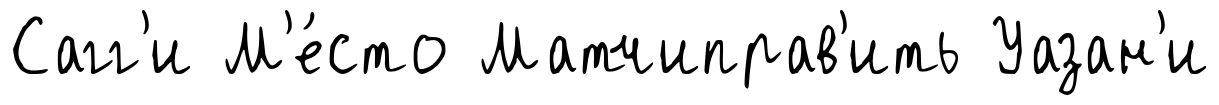
Сагг'и М'е́сто Матчиправ'ить Уазан'и